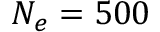
N _ { e } = 5 0 0